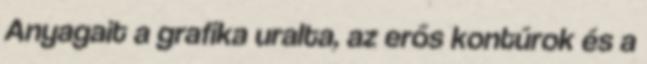
Anyagait a grafika uralta, az erős kontúrok és a